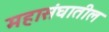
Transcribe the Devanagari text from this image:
महासंघातील